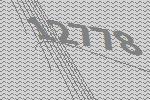
12778